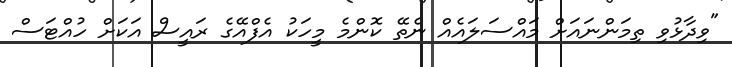
"ވިދާޅުވި ތިމަންނައަށް މައްސަލައެއް ނެތޭ ކޮންމެ މީހަކު އެފްއޭގެ ރައީސް އަކަށް ހުއްޓަސް